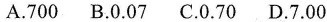
A.700 B.0.07 C.0.70 D.7.00